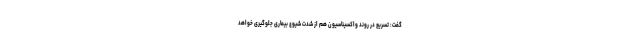
گفت: تسریع در روند واکسیناسیون هم از شدت شیوع بیماری جلوگیری خواهد